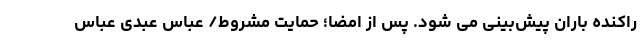
راکنده باران پیش‌بینی می شود. پس از امضا؛ حمایت مشروط/ عباس عبدی عباس